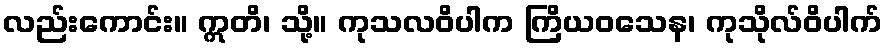
လည်းကောင်း။ ဣတိ၊ သို့။ ကုသလဝိပါက ကြိယဝသေန၊ ကုသိုလ်ဝိပါက်